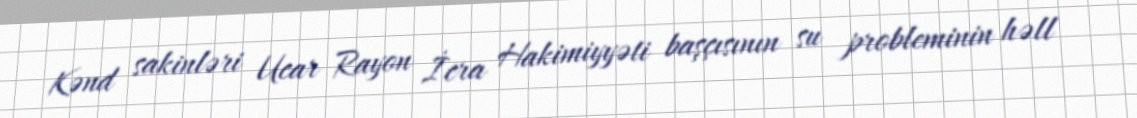
Kənd sakinləri Ucar Rayon İcra Hakimiyyəti başçısının su probleminin həll